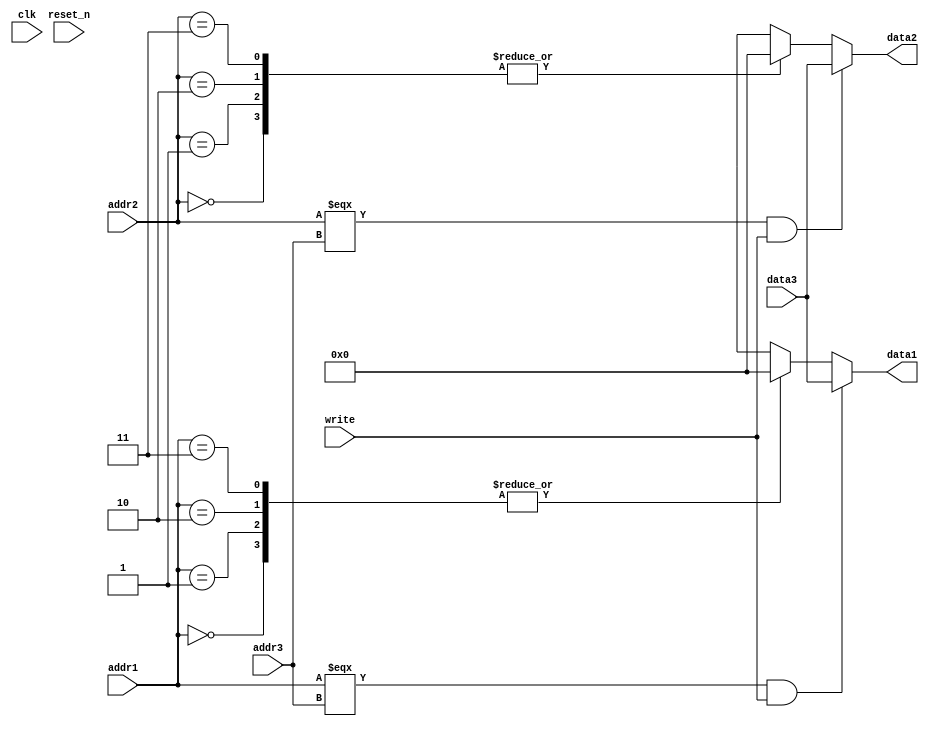
`timescale 1ns / 1ps
//////////////////////////////////////////////////////////////////////////////////
// Company: 
// Engineer: 
// 
// Design Name: 
// Module Name: RF
// Project Name: 
// Target Devices: 
// Tool Versions: 
// Description: 
// 
// Dependencies: 
// 
// Revision:
// Revision 0.01 - File Created
// Additional Comments:
// 
//////////////////////////////////////////////////////////////////////////////////

// internal forward required

module RF(
    input write,
    input clk,
    input reset_n,
    input [1:0] addr1,
    input [1:0] addr2,
    input [1:0] addr3,
    output reg [15:0] data1,
    output reg [15:0] data2,
    input [15:0] data3
    );
    
    integer i;

    reg [15:0] memory [3:0];
    
    initial begin
        for(i=0; i<4; i=i+1) begin
            memory[i] = 16'b0;
        end
    end
    
    always @(reset_n) begin
        if(reset_n == 0) begin
            for(i=0; i<4; i=i+1) begin
                memory[i] = 0;
            end
        end
    end
    
    always @(*) begin
        
        data1 = (addr1 === addr3 && write) ? data3 : memory[addr1];
        data2 = (addr2 === addr3 && write) ? data3 : memory[addr2];
    end
    
    always @(posedge clk) begin
        if(write == 1) begin
            memory[addr3] = data3;
        end
    end
endmodule